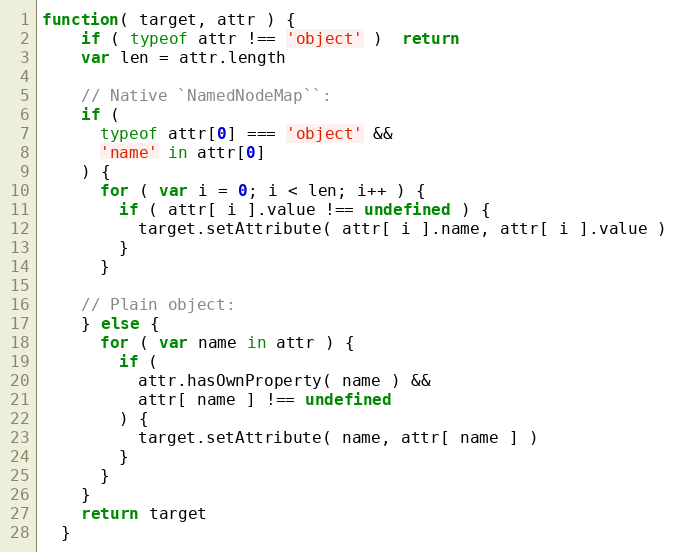
Language: JavaScript
function( target, attr ) {
    if ( typeof attr !== 'object' )  return
    var len = attr.length

    // Native `NamedNodeMap``:
    if (
      typeof attr[0] === 'object' &&
      'name' in attr[0]
    ) {
      for ( var i = 0; i < len; i++ ) {
        if ( attr[ i ].value !== undefined ) {
          target.setAttribute( attr[ i ].name, attr[ i ].value )
        }
      }

    // Plain object:
    } else {
      for ( var name in attr ) {
        if (
          attr.hasOwnProperty( name ) &&
          attr[ name ] !== undefined
        ) {
          target.setAttribute( name, attr[ name ] )
        }
      }
    }
    return target
  }